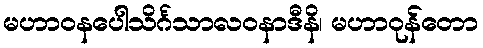
မဟာဝနပေါသိင်္ဂသာလဝနာဒီနိ၊ မဟာဝုန်တော